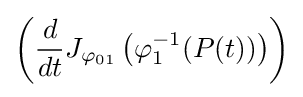
\left({\frac {d}{dt}}J_{\varphi _{01}}\left(\varphi _{1}^{-1}(P(t))\right)\right)